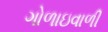
ગોળાઇવાળી